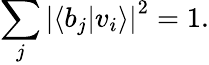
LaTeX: \sum_{j}\left|\left\langle b_{j}|v_{i}\right\rangle\right|^{2}=1.